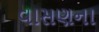
વાસણના